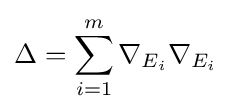
\Delta =\sum _{i=1}^{m}\nabla _{E_{i}}\nabla _{E_{i}}